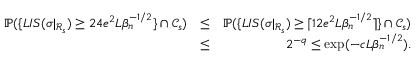
\begin{array} { r l r } { \mathbb { P } ( \{ L I S ( \sigma | _ { \mathcal { R } _ { s } } ) \geq 2 4 e ^ { 2 } L \beta _ { n } ^ { - 1 \slash 2 } \} \cap \mathcal { C } _ { s } ) } & { \leq } & { \mathbb { P } ( \{ L I S ( \sigma | _ { \mathcal { R } _ { s } } ) \geq \lceil 1 2 e ^ { 2 } L \beta _ { n } ^ { - 1 \slash 2 } \rceil \} \cap \mathcal { C } _ { s } ) } \\ & { \leq } & { 2 ^ { - q } \leq \exp ( - c L \beta _ { n } ^ { - 1 \slash 2 } ) . } \end{array}